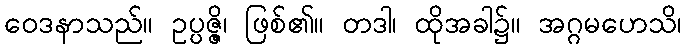
ဝေဒနာသည်။ ဥပ္ပဇ္ဇိ၊ ဖြစ်၏။ တဒါ၊ ထိုအခါ၌။ အဂ္ဂမဟေသိ၊